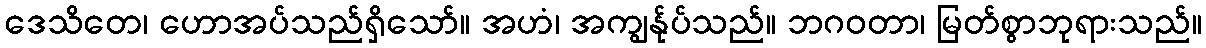
ဒေသိတေ၊ ဟောအပ်သည်ရှိသော်။ အဟံ၊ အကျွန်ုပ်သည်။ ဘဂဝတာ၊ မြတ်စွာဘုရားသည်။